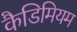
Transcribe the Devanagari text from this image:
कैडिमियम